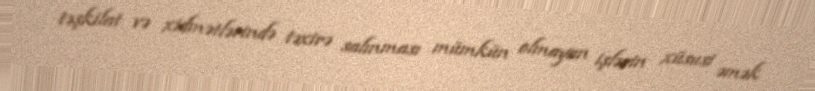
təşkilat və xidmətlərində təxirə salınması mümkün olmayan işlərin xüsusi əmək